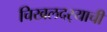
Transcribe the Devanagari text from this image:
चिखलदर्‍याची